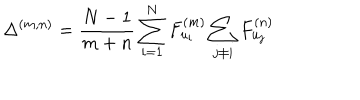
LaTeX: \Delta ^ { ( m , n ) } = \frac { N - 1 } { m + n } \sum _ { i = 1 } ^ { N } F _ { u _ { i } } ^ { ( m ) } \sum _ { j \neq i } F _ { u _ { j } } ^ { ( n ) }